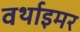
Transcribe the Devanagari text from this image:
वर्थाइमर